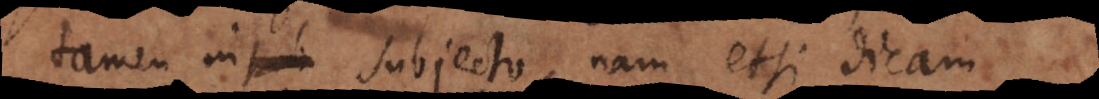
tamen in subjecto, nam etsi dicam